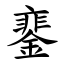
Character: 䥆